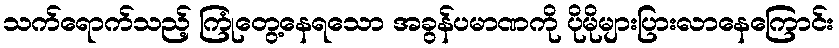
သက်ရောက်သည့် ကြုံတွေ့နေရသော အခွန်ပမာဏကို ပိုမိုများပြားလာနေကြောင်း